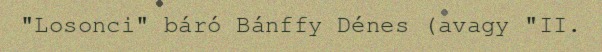
"Losonci" báró Bánffy Dénes (avagy "II.